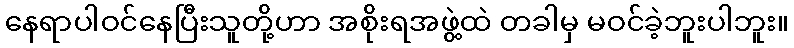
နေရာပါဝင်နေပြီးသူတို့ဟာ အစိုးရအဖွဲ့ထဲ တခါမှ မဝင်ခဲ့ဘူးပါဘူး။